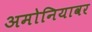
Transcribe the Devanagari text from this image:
अमोनियावर